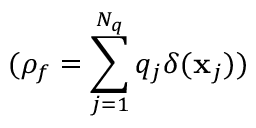
( \rho _ { f } = \sum _ { j = 1 } ^ { N _ { q } } q _ { j } \delta ( \mathbf { x } _ { j } ) )